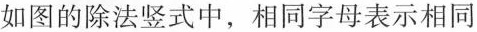
如图的除法竖式中，相同字母表示相同